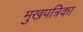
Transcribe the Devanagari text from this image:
मुखपत्रिका